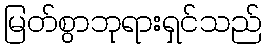
မြတ်စွာဘုရားရှင်သည်